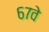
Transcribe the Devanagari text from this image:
६७वे